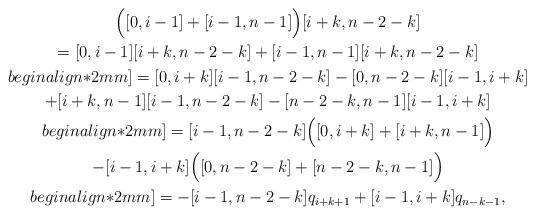
\begin{gather*}\Big( [0,i-1] + [i-1,n-1] \Big) [i+k,n-2-k] \\= [0,i-1][i+k,n-2-k] + [i-1,n-1][i+k,n-2-k] \\begin{align*}2mm]=[0,i+k][i-1,n-2-k] - [0,n-2-k][i-1,i+k] \\+ [i+k,n-1][i-1,n-2-k] - [n-2-k,n-1][i-1,i+k] \\begin{align*}2mm]= [i-1,n-2-k] \Big( [0,i+k]+[i+k,n-1] \Big) \\- [i-1,i+k] \Big( [0,n-2-k]+[n-2-k,n-1] \Big) \\begin{align*}2mm]= -[i-1,n-2-k] q_{i+k+1} + [i-1,i+k] q_{n-k-1},\end{gather*}